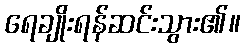
ရေချိုးရန်ဆင်းသွား၏။